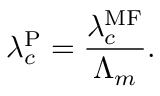
\lambda _ { c } ^ { \mathrm { P } } = \frac { \lambda _ { c } ^ { \mathrm { M F } } } { \Lambda _ { m } } .